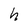
Character: h